Report on vaccination in the Province of Bengal - 1869-1873
Year: 1869
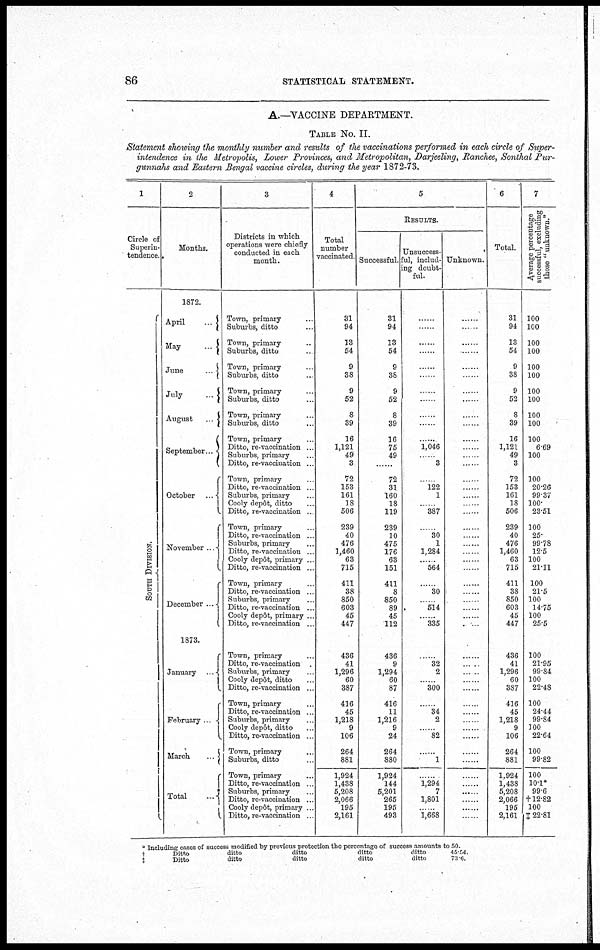
86
STATISTICAL STATEMENT.
A.—VACCINE DEPARTMENT.
TABLE NO. II.
Statement showing the monthly number and results of the vaccinations performed in each circle of Super-
intendence in the Metropolis, Lower Provinces, and Metropolitan, Darjeeling, Ranchee, Sonthal Pur-
gunnahs and Eastern Bengal vaccine circles, during the year 1872-73.
1
Circle of
Superin-
tendence.
SOUTH DIVISION.
2
Months.
1872.
April
...
May
...
June
...
July
...
August
...
September ...
October
...
November ...
December ...
1873.
January
...
February
...
March
...
Total
...
3
Districts in which
operations were chiefly
conducted in each
month.
Town, primary ...
Suburbs, ditto ...
Town, primary ...
Suburbs, ditto ...
Town, primary ...
Suburbs, ditto ...
Town, primary ...
Suburbs, ditto ...
Town, primary ...
Suburbs, ditto ...
Town, primary ...
Ditto, re-vaccination ...
Suburbs, primary ...
Ditto, re-vaccination ...
Town, primary ...
Ditto, re-vaccination ...
Suburbs, primary ...
Cooly depôt, ditto ...
Ditto, re-vaccination ...
Town, primary ...
Ditto, re-vaccination ...
Suburbs, primary ...
Ditto, re-vaccination ...
Cooly depôt, primary ...
Ditto, re-vaccination ...
Town, primary ...
Ditto, re-vaccination ...
Suburbs, primary ...
Ditto, re-vaccination ...
Cooly depôt, primary ...
Ditto, re-vaccination ...
Town, primary ...
Ditto, re-vaccination ...
Suburbs, primary ...
Cooly depôt, ditto ...
Ditto, re-vaccination ...
Town, primary ...
Ditto, re-vaccination ...
Suburbs, primary ...
Cooly depôt, ditto ...
Ditto, re-vaccination ...
Town, primary ...
Suburbs, ditto
...
Town, primary ...
Ditto, re-vaccination ...
Suburbs, primary ...
Ditto, re-vaccination ...
Cooly depôt, primary ...
Ditto, re-vaccination ...
4
Total
number
vaccinated.
31
94
13
54
9
38
9
52
8
39
16
1,121
49
3
72
153
161
18
506
239
40
476
1,460
63
715
411
38
850
603
45
447
436
41
1,296
60
387
416
45
1,218
9
106
264
881
1,924
1,438
5,208
2,066
195
2,161
5
RESULTS.
Successful
31
94
13
54
9
38
9
52
8
39
16
75
49
......
72
31
160
18
119
239
10
475
176
63
151
411
8
850
89
45
112
436
9
1,294
60
87
416
11
1,216
9
24
264
880
1,924
144
5,201
265
195
493
Unsuccess-
ful, includ-
ing doubt-
ful.
......
......
......
......
......
......
......
......
......
......
......
1,046
......
3
......
l22
1
......
387
......
30
1
1,284
......
564
......
30
......
514
......
335
......
32
2
......
300
......
34
2
......
82
......
1
......
1,294
7
1,801
......
1,668
Unknown.
......
......
......
......
......
......
......
......
......
......
......
......
......
......
......
......
......
......
......
......
......
......
......
......
......
......
......
......
......
......
......
......
......
......
......
......
......
......
......
......
......
......
......
......
......
......
......
......
......
6
Total.
31
94
13
54
9
38
9
52
8
39
16
1,121
49
3
72
153
161
18
506
239
40
476
1,460
63
715
411
38
850
603
45
447
436
41
1,296
60
387
416
45
1,218
9
106
264
881
1,924
1,438
5,208
2,066
195
2,161
7
Average percentage
successful, excluding
those "unknown."
100
100
100
100
100
100
100
100
100
100
100
6.69
100
......
100
20.26
99.37
100.
23.51
100
25.
99.78
12.5
100
21.11
100
21.5
100
14.75
100
25.5
100
21.95
99.84
100
22.48
100
24.44
99.84
100
22.64
100
99.82
100
10.1*
99.6
†12.82
100
‡ 22.81
*
†
‡
Including cases of success modified by previous protection the percentage of success amounts to 50.
Ditto
ditto
ditto
ditto
ditto
45.54.
Ditto
ditto
ditto
ditto
ditto
73.6.